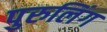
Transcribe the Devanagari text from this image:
पुरुलिंग